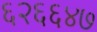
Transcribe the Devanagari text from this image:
६२६६४७